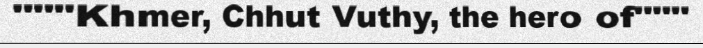
"""Khmer, Chhut Vuthy, the hero of"""